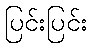
ပြင်းပြင်း